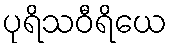
ပုရိသဝီရိယေ